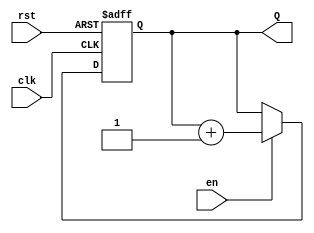
module up_counter_with_enable #(parameter n = 4) (
    input wire clk,        // Clock input
    input wire en,        // Enable input
    input wire rst,       // Asynchronous reset input
    output reg [n-1:0] Q  // n-bit count output
);

// Always block triggered on the rising edge of the clock or when reset is asserted
always @(posedge clk or posedge rst) begin
    if (rst) begin
        Q <= 0;           // Reset the counter to 0
    end else if (en) begin
        Q <= Q + 1;      // Increment the counter
    end
    // If en is low, do nothing and hold the current value of Q
end

endmodule